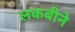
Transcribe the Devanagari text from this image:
लकबीने